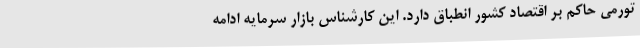
تورمی حاکم بر اقتصاد کشور انطباق دارد. این کارشناس بازار سرمایه ادامه